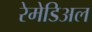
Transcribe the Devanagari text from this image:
रेमेडिअल